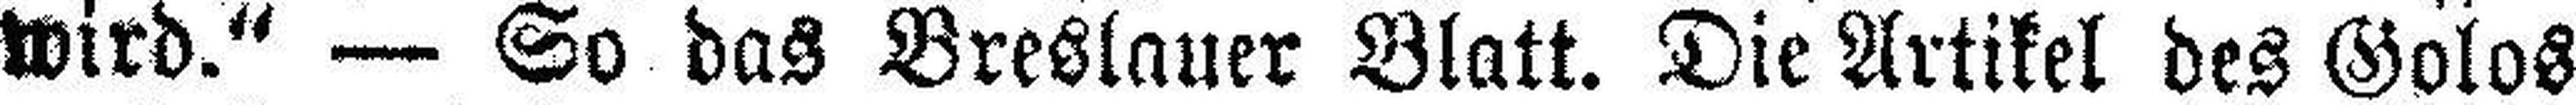
wird.“ — So das Breslauer Blatt. Die Artikel des Golos